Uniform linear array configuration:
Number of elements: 4
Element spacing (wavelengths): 0.75
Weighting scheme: hann
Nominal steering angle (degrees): -45
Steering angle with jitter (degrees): -44.526
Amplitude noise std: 0.05
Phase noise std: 0.05

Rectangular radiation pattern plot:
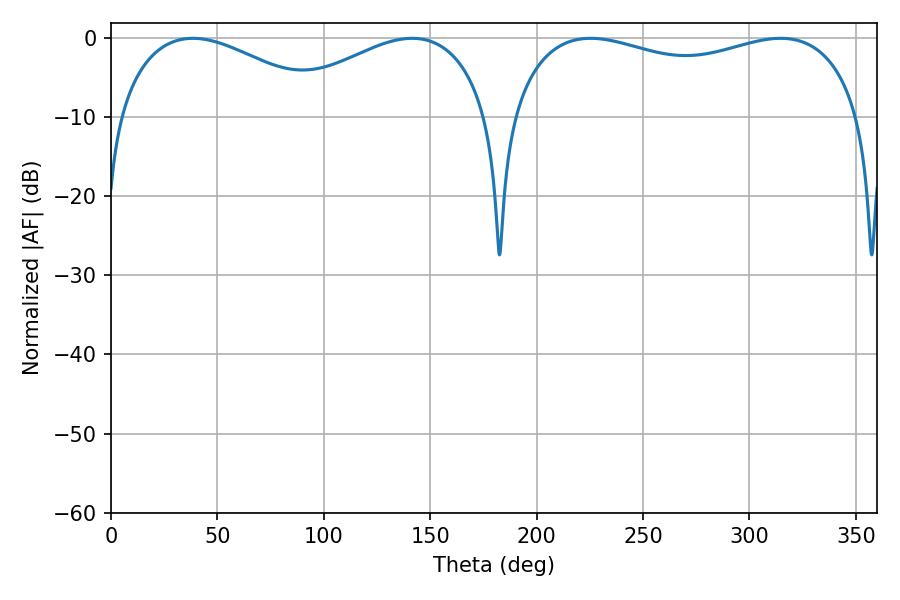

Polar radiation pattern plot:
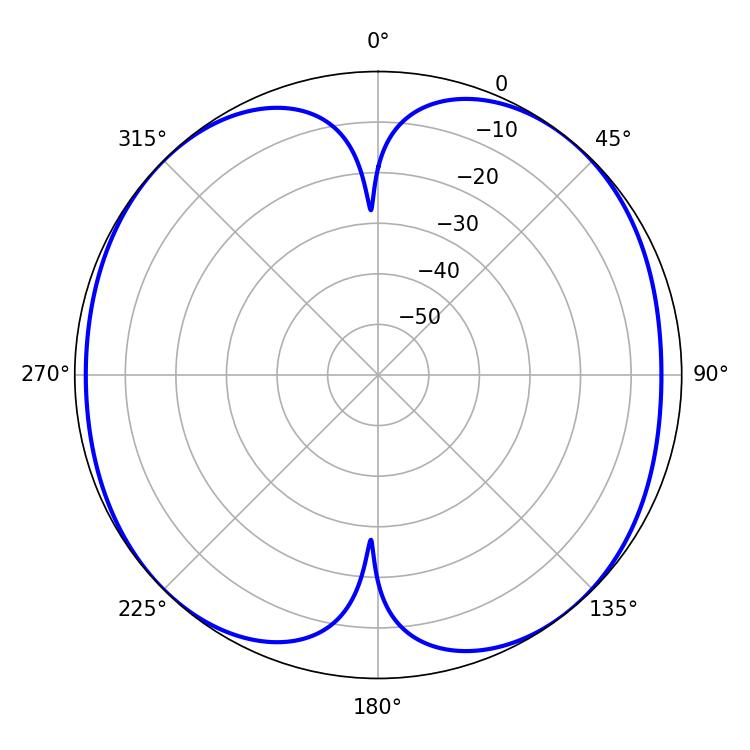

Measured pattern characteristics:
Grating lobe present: TRUE
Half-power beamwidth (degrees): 135.36
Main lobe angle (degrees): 225.36